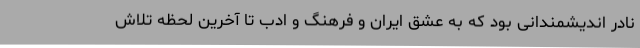
نادر اندیشمندانی بود که به عشق ایران و فرهنگ و ادب تا آخرین لحظه تلاش